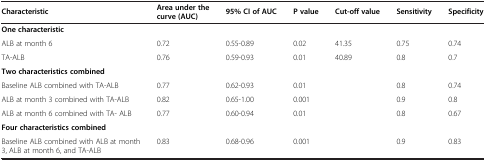
| Characteristic | Area under the curve (AUC) | 95% CI of AUC | P value | Cut-off value | Sensitivity | Specificity |
 | --- | --- | --- | --- | --- | --- | --- |
 | One characteristic |  |  |  |  |  |  |
 | ALB at month 6 | 0.72 | 0.55-0.89 | 0.02 | 41.35 | 0.75 | 0.74 |
 | TA-ALB | 0.76 | 0.59-0.93 | 0.01 | 40.89 | 0.8 | 0.7 |
 | Two characteristics combined |  |  |  |  |  |  |
 | Baseline ALB combined with TA-ALB | 0.77 | 0.62-0.93 | 0.01 |  | 0.8 | 0.74 |
 | ALB at month 3 combined with TA-ALB | 0.82 | 0.65-1.00 | 0.001 |  | 0.9 | 0.8 |
 | ALB at month 6 combined with TA- ALB | 0.77 | 0.60-0.94 | 0.01 |  | 0.8 | 0.67 |
 | Four characteristics combined |  |  |  |  |  |  |
 | Baseline ALB combined with ALB at month 3, ALB at month 6, and TA-ALB | 0.83 | 0.68-0.96 | 0.001 |  | 0.9 | 0.83 |